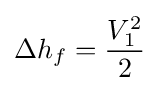
\Delta h_{f}={\frac {V_{1}^{2}}{2}}